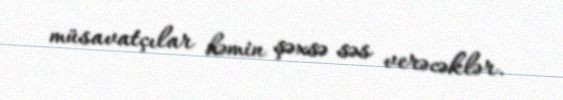
müsavatçılar həmin şəxsə səs verəcəklər.